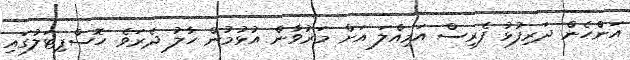
އަންހެން ދަރިފުޅު ފެރިސް އަމިއްލަ އަށް މަރުވާން އުޅުމުން ހާލު ދެރަވެ ހޮސްޕިޓަލުގައި